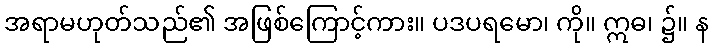
အရာမဟုတ်သည်၏ အဖြစ်ကြောင့်ကား။ ပဒပရမော၊ ကို။ ဣဓ၊ ၌။ န